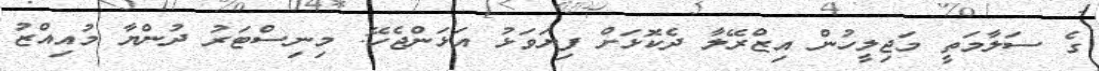
ގެ ސަލާމަތީ މަޖިލީހުން އިޒްރޭލާ ދެކޮޅަށް ފިޔަވަޅު އަޅަންޖެހޭ: މިނިސްޓަރު ދުންޔާ މުއިއްޒު